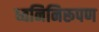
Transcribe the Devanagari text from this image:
ध्वनिनिरूपण